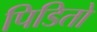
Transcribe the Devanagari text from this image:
पिडितो